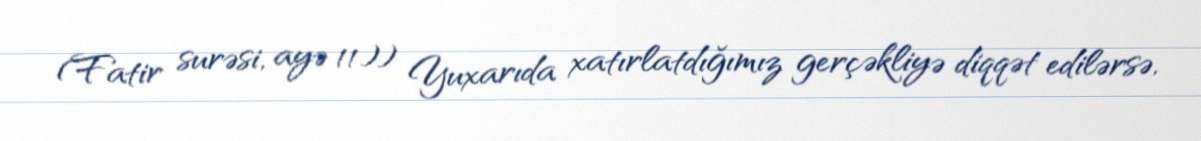
(Fatir surəsi, ayə 11)) Yuxarıda xatırlatdığımız gerçəkliyə diqqət edilərsə,